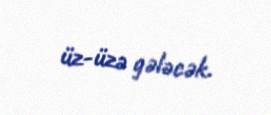
üz-üzə gələcək.